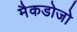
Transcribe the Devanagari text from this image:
मैकडोजो